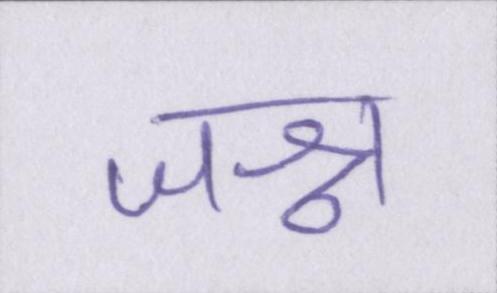
जश्न